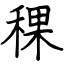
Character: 稞